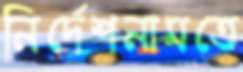
নির্দেশনামতে